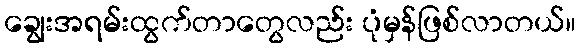
ချွေးအရမ်းထွက်တာတွေလည်း ပုံမှန်ဖြစ်လာတယ်။